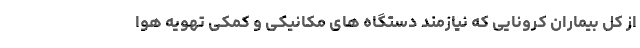
از کل بیماران کرونایی که نیازمند دستگاه های مکانیکی و کمکی تهویه هوا